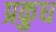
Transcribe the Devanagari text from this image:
प्रकुध